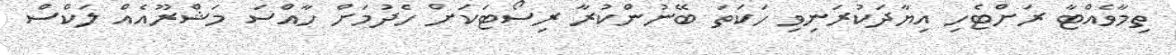
ތިމާވެއްޓާ ރަށްޓެހި އިޔާދަކުރަނިވި ހަކަތަ ބޭނުންކުރާ ރިސޯޓަކަށް ހެދުމަށް ހާއްސަ މަޝްރޫއެއް ލަކްސް